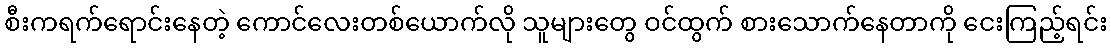
စီးကရက်ရောင်းနေတဲ့ ကောင်လေးတစ်ယောက်လို သူများတွေ ဝင်ထွက် စားသောက်နေတာကို ငေးကြည့်ရင်း